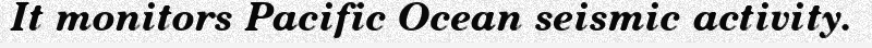
It monitors Pacific Ocean seismic activity.